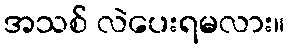
အသစ် လဲပေးရမလား။